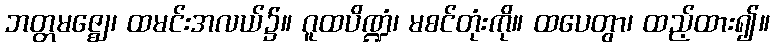
ဘတ္တမဇ္ဈေ၊ ထမင်းအလယ်၌။ ဂူထပိဏ္ဍံ၊ မစင်တုံးကို။ ထပေတွာ၊ ထည့်ထား၍။